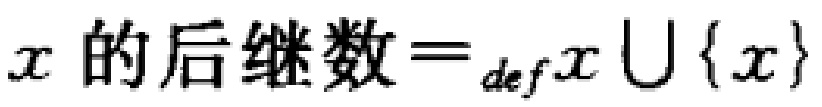
\(x \text{ 的后继数}=_{def}x \cup \{x\}\)